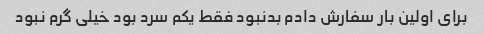
برای اولین بار سفارش دادم بدنبود فقط یکم سرد بود خیلی گرم نبود